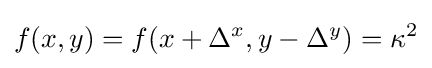
f(x,y)=f(x+\Delta ^{x},y-\Delta ^{y})=\kappa ^{2}